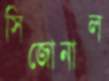
সিজোনাল